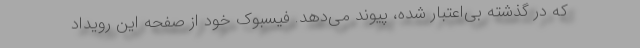
که در گذشته بی‌اعتبار شده، پیوند می‌دهد. فیسبوک خود از صفحه این رویداد